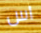
اس